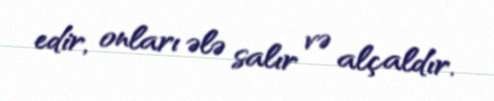
edir, onları ələ salır və alçaldır.